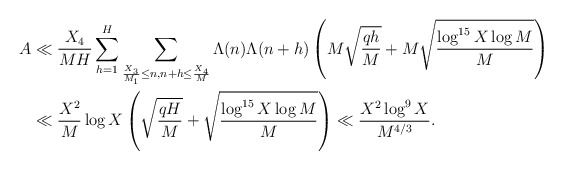
\begin{align*}A &\ll \frac{X_4}{MH} \sum_{h=1}^H \sum_{\frac{X_3}{M_1} \leq n, n+h \leq \frac{X_4}{M}} \Lambda(n) \Lambda(n+h) \left( M \sqrt{\frac{qh}{M}} + M \sqrt{\frac{\log^{15} X \log M}{M}}\right) \\&\ll \frac{X^2}{M} \log X \left( \sqrt{\frac{qH}{M}} + \sqrt{\frac{\log^{15} X \log M}{M}}\right) \ll \frac{X^2 \log^9 X}{M^{4/3}}.\end{align*}